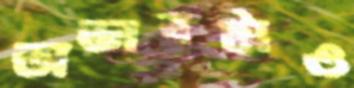
অভাবটাও